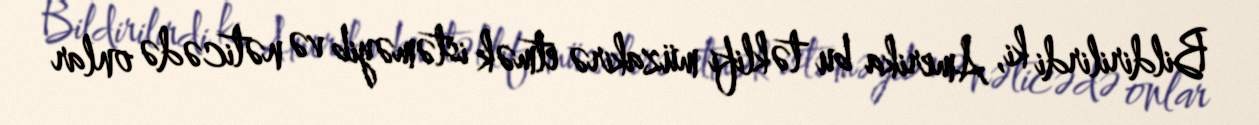
Bildirilirdi ki, Amerika bu təklifi müzakirə etmək istəməyib və nəticədə onlar